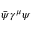
{ \bar { \psi } } \gamma ^ { \mu } \psi